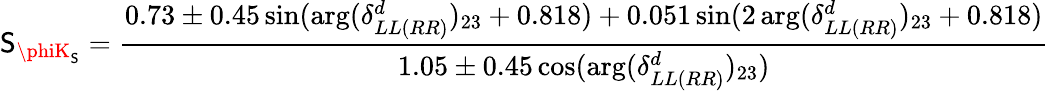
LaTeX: \mathsf{S}_{\phiK_{\mathsf{S}}}=\frac{{0.73\pm0.45\sin(\arg(\delta_{LL(RR)}^{d})_{23}+0.818)+0.051\sin(2\arg(\delta_{LL(RR)}^{d})_{23}+0.818)}}{{1.05\pm0.45\cos(\arg(\delta_{LL(RR)}^{d})_{23})}}